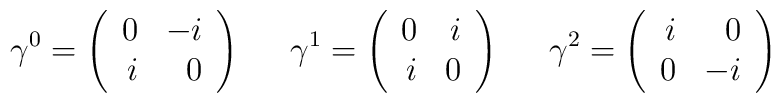
\gamma^0 = \left( \begin{array}{rr} 0 & -i \\ i & 0 \end{array} \right)\; \; \; \; \;\gamma^1 = \left( \begin{array}{rr} 0 & i \\ i & 0 \end{array} \right)\; \; \; \; \;\gamma^2 = \left( \begin{array}{rr} i & 0 \\ 0 & -i \end{array} \right)